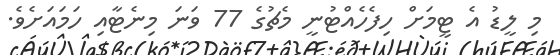
މި ލީޑު އެ ޓީމަށް ހިފެހެއްޓުނީ މެޗުގެ 77 ވަނަ މިނެޓާއި ހަމައަށެވެ.